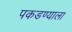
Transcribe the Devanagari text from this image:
पकडण्याला